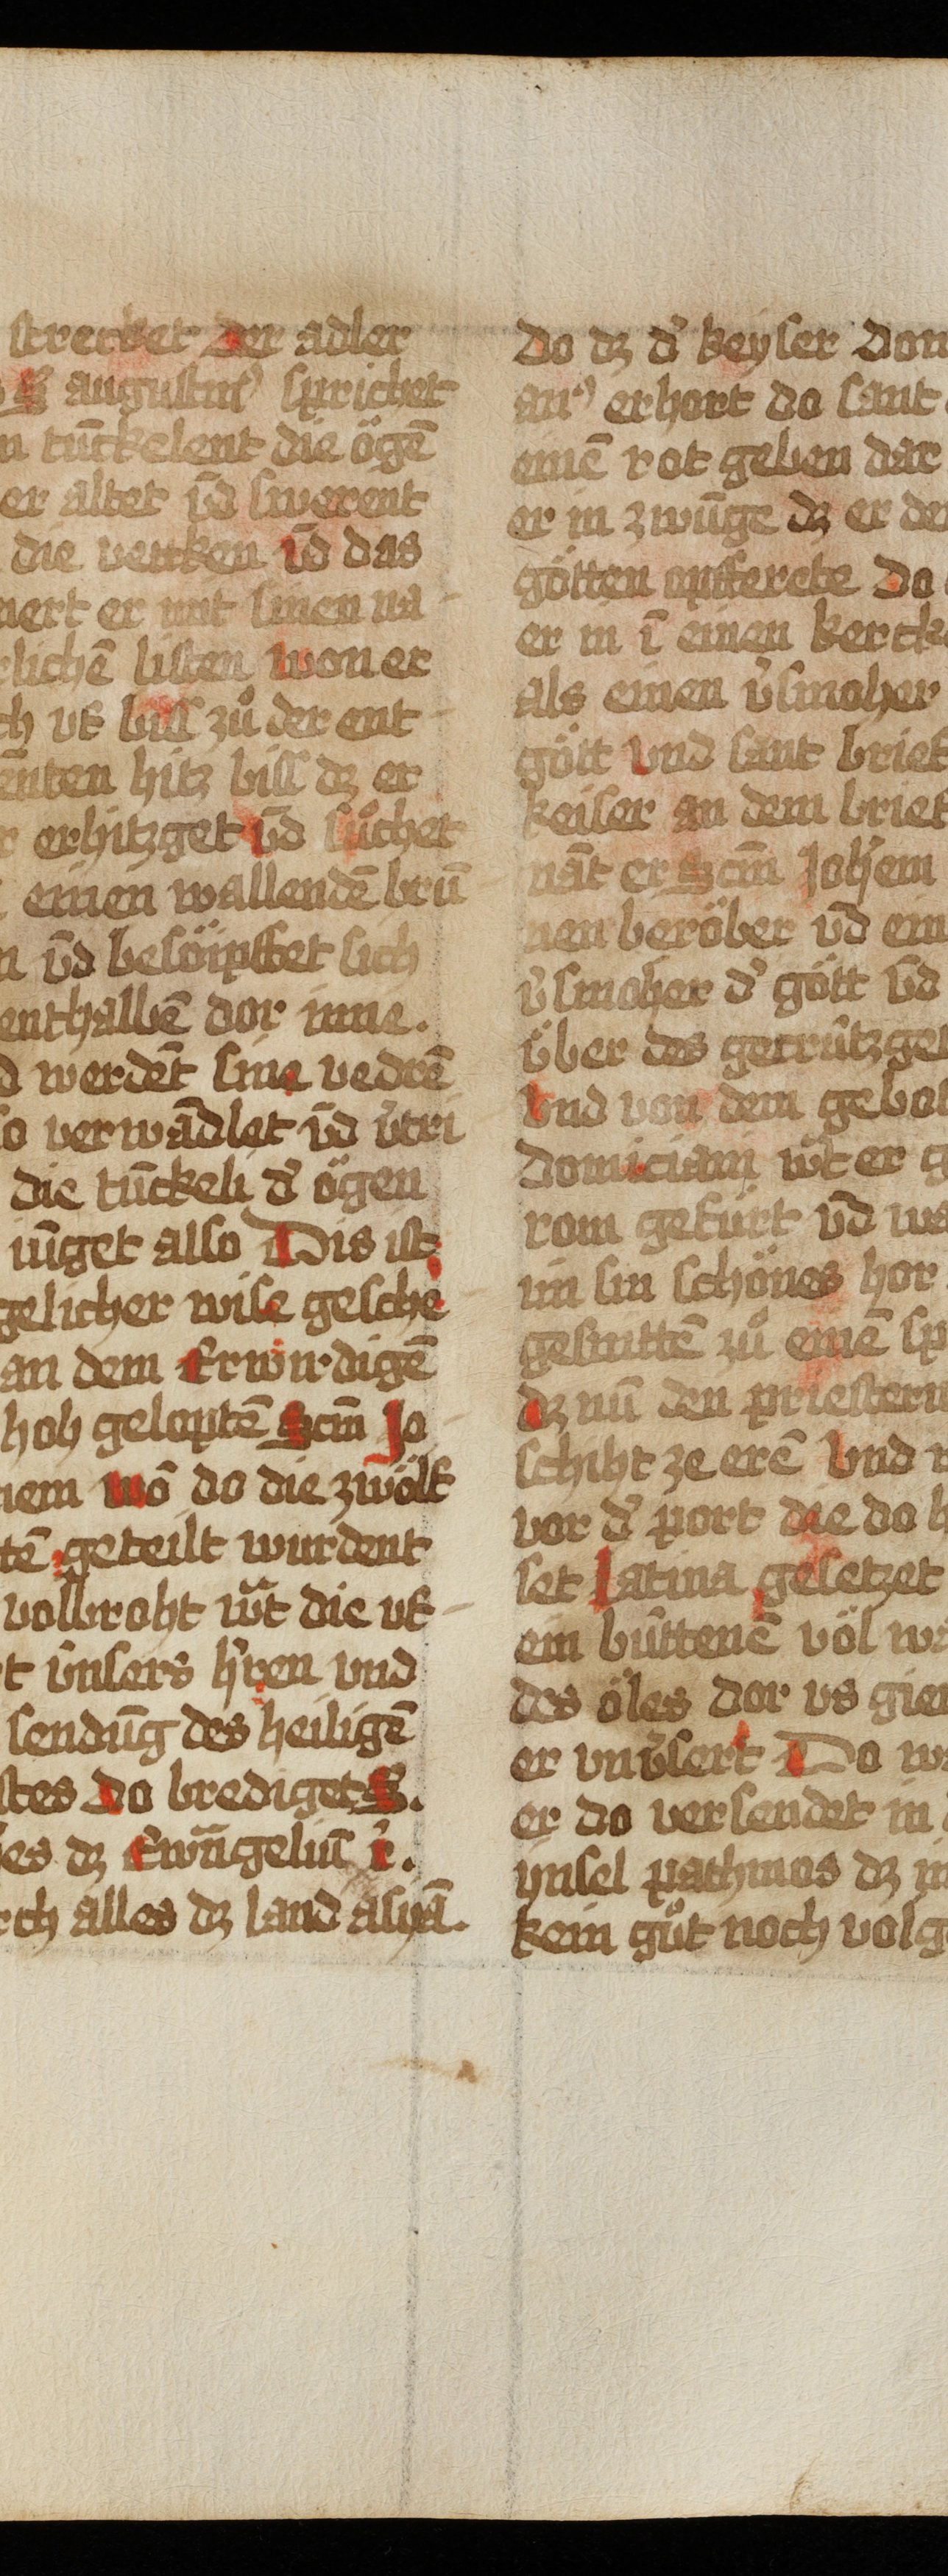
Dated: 1493–1493